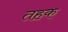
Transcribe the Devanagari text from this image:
तहक